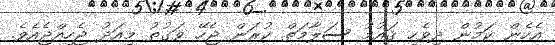
އެހެން ކަމުން ދިވެހި ޤައުމު ސަލާމަތް ކުރަން ޖެހޭ ވަގުތު މިއަދު ޖެހިއްޖެއެވެ.